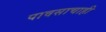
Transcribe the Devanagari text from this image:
पावसाचाही